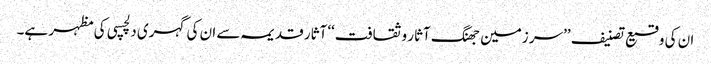
ان کی وقیع تصنیف ’’سر زمین جھنگ آثار و ثقافت‘‘ آثار قدیمہ سے ان کی گہری دلچسپی کی مظہر ہے۔